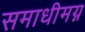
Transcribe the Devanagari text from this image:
समाधीमग्न